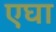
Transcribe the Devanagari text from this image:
एघा